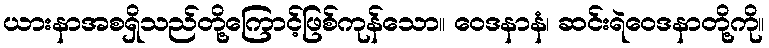
ယားနာအစရှိသည်တို့ကြောင့်ဖြစ်ကုန်သော။ ဝေဒနာနံ၊ ဆင်းရဲဝေဒနာတို့ကို။